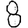
Digit: 8